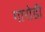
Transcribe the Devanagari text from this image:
गारोडी